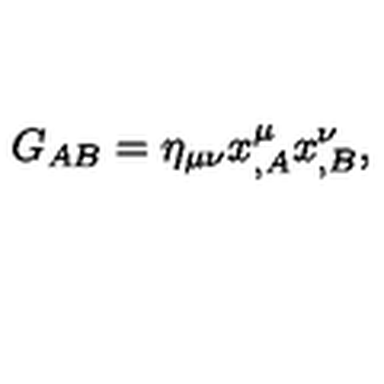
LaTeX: G _ { A B } = \eta _ { \mu \nu } x _ { , A } ^ { \mu } x _ { , B } ^ { \nu } ,